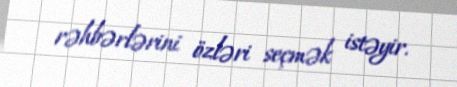
rəhbərlərini özləri seçmək istəyir.